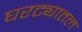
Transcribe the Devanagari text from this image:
घरट्यातल